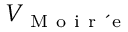
V _ { \mathrm { ~ M ~ o ~ i ~ r ~ \' ~ e ~ } }